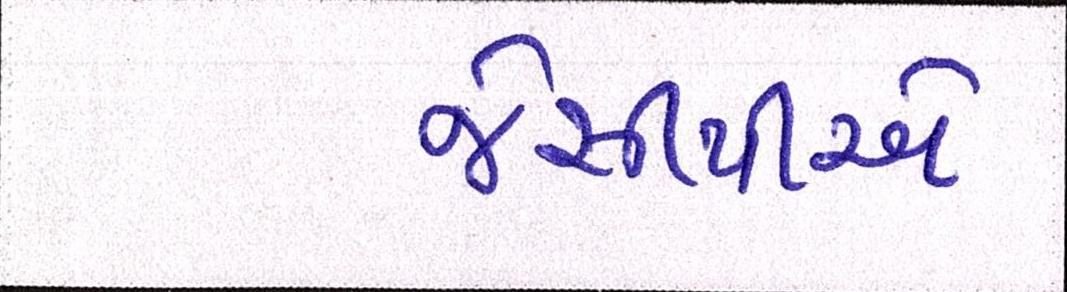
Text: જેસીપીએ